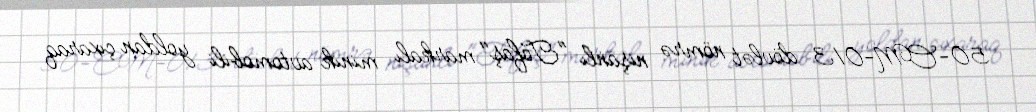
50-CM-013 dövlət nömrə nişanlı "Tofaş" markalı minik avtomobili yoldan çıxaraq